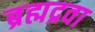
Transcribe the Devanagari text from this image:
ब्रह्मद्रवा